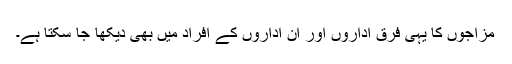
مزاجوں کا یہی فرق اداروں اور ان اداروں کے افراد میں بھی دیکھا جا سکتا ہے۔